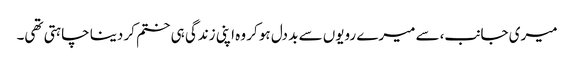
میری جانب،سے میرے رویوں سے بد دل ہو کر وہ اپنی زندگی ہی ختم کر دینا چاہتی تھی۔